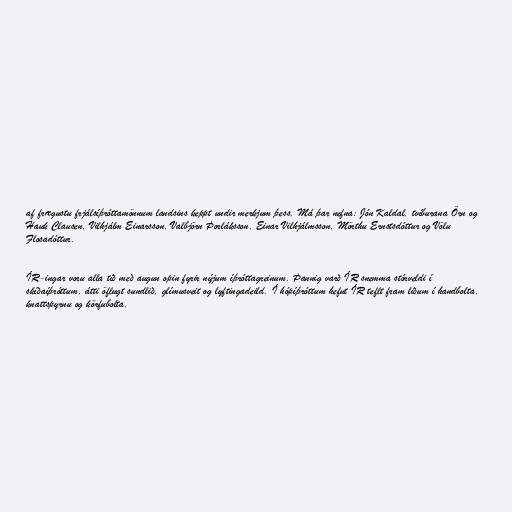
af frægustu frjálsíþróttamönnum landsins keppt undir merkjum þess. Má þar nefna: Jón Kaldal, tvíburana Örn og
Hauk Clausen, Vilhjálm Einarsson, Valbjörn Þorláksson, Einar Vilhjálmsson, Mörthu Ernstsdóttur og Völu
Flosadóttur.

ÍR-ingar voru alla tíð með augun opin fyrir nýjum íþróttagreinum. Þannig varð ÍR snemma stórveldi í
skíðaíþróttum, átti öflugt sundlið, glímusveit og lyftingadeild. Í hópíþróttum hefut ÍR teflt fram liðum í handbolta,
knattspyrnu og körfubolta.